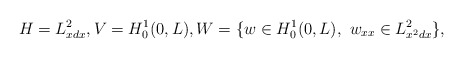
\begin{align*}H=L^2_{xdx}, V=H^1_0(0,L),W=\{ w\in H^1_0 (0,L),\ w_{xx}\in L^2_{x^2dx} \}, \end{align*}